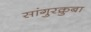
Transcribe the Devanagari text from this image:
सांगुरक्रुबा